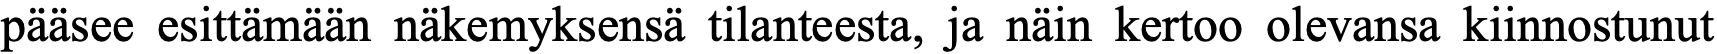
pääsee esittämään näkemyksensä tilanteesta, ja näin kertoo olevansa kiinnostunut